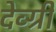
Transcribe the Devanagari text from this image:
देव्ग्री